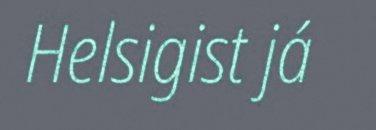
Helsigist já